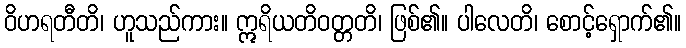
ဝိဟရတီတိ၊ ဟူသည်ကား။ ဣရိယတိဝတ္တတိ၊ ဖြစ်၏။ ပါလေတိ၊ စောင့်ရှောက်၏။